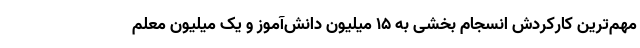
مهم‌ترین کارکردش انسجام بخشی به ۱۵ میلیون دانش‌آموز و یک میلیون معلم